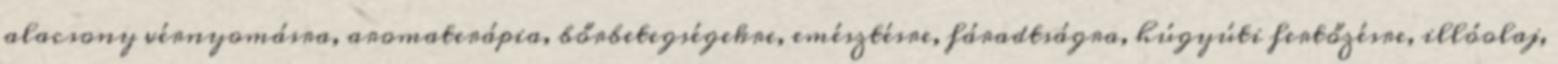
alacsony vérnyomásra, aromaterápia, bőrbetegségekre, emésztésre, fáradtságra, húgyúti fertőzésre, illóolaj,